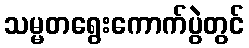
သမ္မတရွေးကောက်ပွဲတွင်